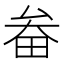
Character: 畚